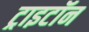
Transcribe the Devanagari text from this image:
ट्राइटॉन